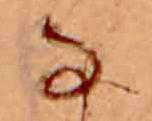
な